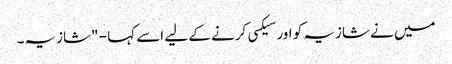
میں نے شازیہ کو اور سیکسی کرنے کے لیے اسے کہا - "شازیہ۔